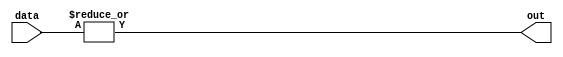
module OR_gate_16_input (
    input [15:0] data,
    output reg out
);

always @* begin
    out = |data;
end

endmodule